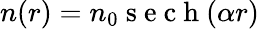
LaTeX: n(r)=n_{0}\mathrm{~s~e~c~h~}(\alpha{r})